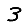
Digit: 3